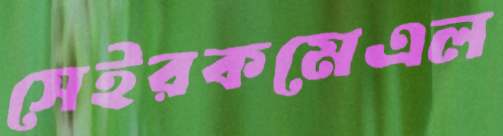
সেইরকমেএল